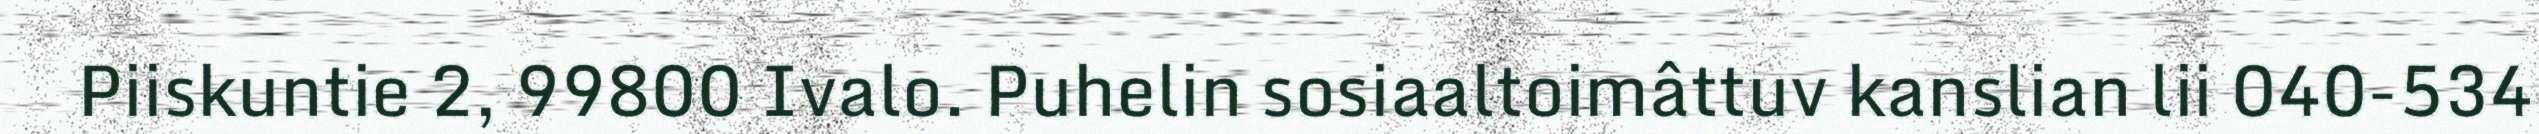
Piiskuntie 2, 99800 Ivalo. Puhelin sosiaaltoimâttuv kanslian lii 040-534